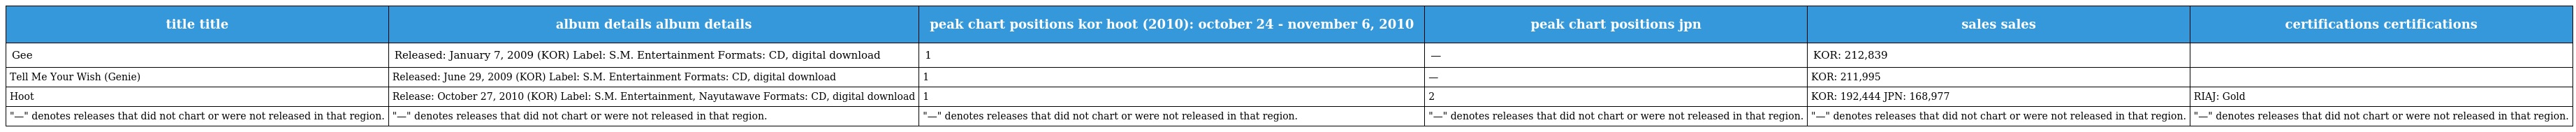
| title title | album details album details | peak chart positions kor hoot (2010): october 24 - november 6, 2010 | peak chart positions jpn | sales sales | certifications certifications |
 | --- | --- | --- | --- | --- | --- |
 | Gee | Released: January 7, 2009 (KOR) Label: S.M. Entertainment Formats: CD, digital download | 1 | — | KOR: 212,839 |  |
 | Tell Me Your Wish (Genie) | Released: June 29, 2009 (KOR) Label: S.M. Entertainment Formats: CD, digital download | 1 | — | KOR: 211,995 |  |
 | Hoot | Release: October 27, 2010 (KOR) Label: S.M. Entertainment, Nayutawave Formats: CD, digital download | 1 | 2 | KOR: 192,444 JPN: 168,977 | RIAJ: Gold |
 | "—" denotes releases that did not chart or were not released in that region. | "—" denotes releases that did not chart or were not released in that region. | "—" denotes releases that did not chart or were not released in that region. | "—" denotes releases that did not chart or were not released in that region. | "—" denotes releases that did not chart or were not released in that region. | "—" denotes releases that did not chart or were not released in that region. |